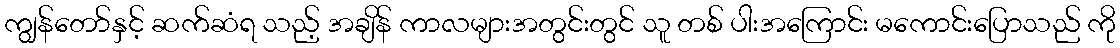
ကျွန်တော်နှင့် ဆက်ဆံရ သည့် အချိန် ကာလများအတွင်းတွင် သူ တစ် ပါးအကြောင်း မကောင်းပြောသည် ကို